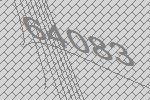
64083